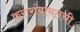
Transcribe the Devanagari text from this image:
करारांबाबतची